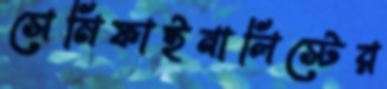
সেমিফাইনালিস্টের